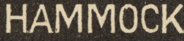
HAMMOCK